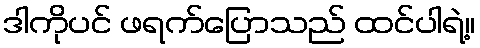
ဒါကိုပင် ဖရက်ပြောသည် ထင်ပါရဲ့။